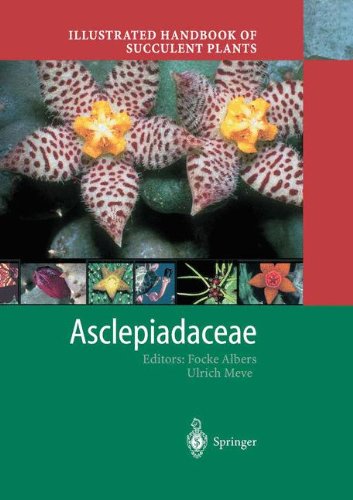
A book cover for Illustrated Handbook of Succulent Plants: Asclepiadaceae; Science & Math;